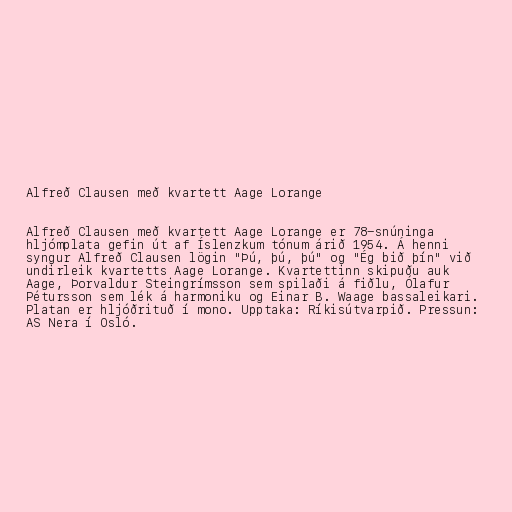
Alfreð Clausen með kvartett Aage Lorange

Alfreð Clausen með kvartett Aage Lorange er 78-snúninga
hljómplata gefin út af Íslenzkum tónum árið 1954. Á henni
syngur Alfreð Clausen lögin "Þú, þú, þú" og "Ég bið þín" við
undirleik kvartetts Aage Lorange. Kvartettinn skipuðu auk
Aage, Þorvaldur Steingrímsson sem spilaði á fiðlu, Ólafur
Pétursson sem lék á harmoniku og Einar B. Waage bassaleikari.
Platan er hljóðrituð í mono. Upptaka: Ríkisútvarpið. Pressun:
AS Nera í Osló.